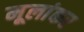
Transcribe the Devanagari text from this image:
मूलांकर